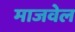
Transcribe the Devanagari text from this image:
माजवेल